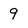
Character: 9